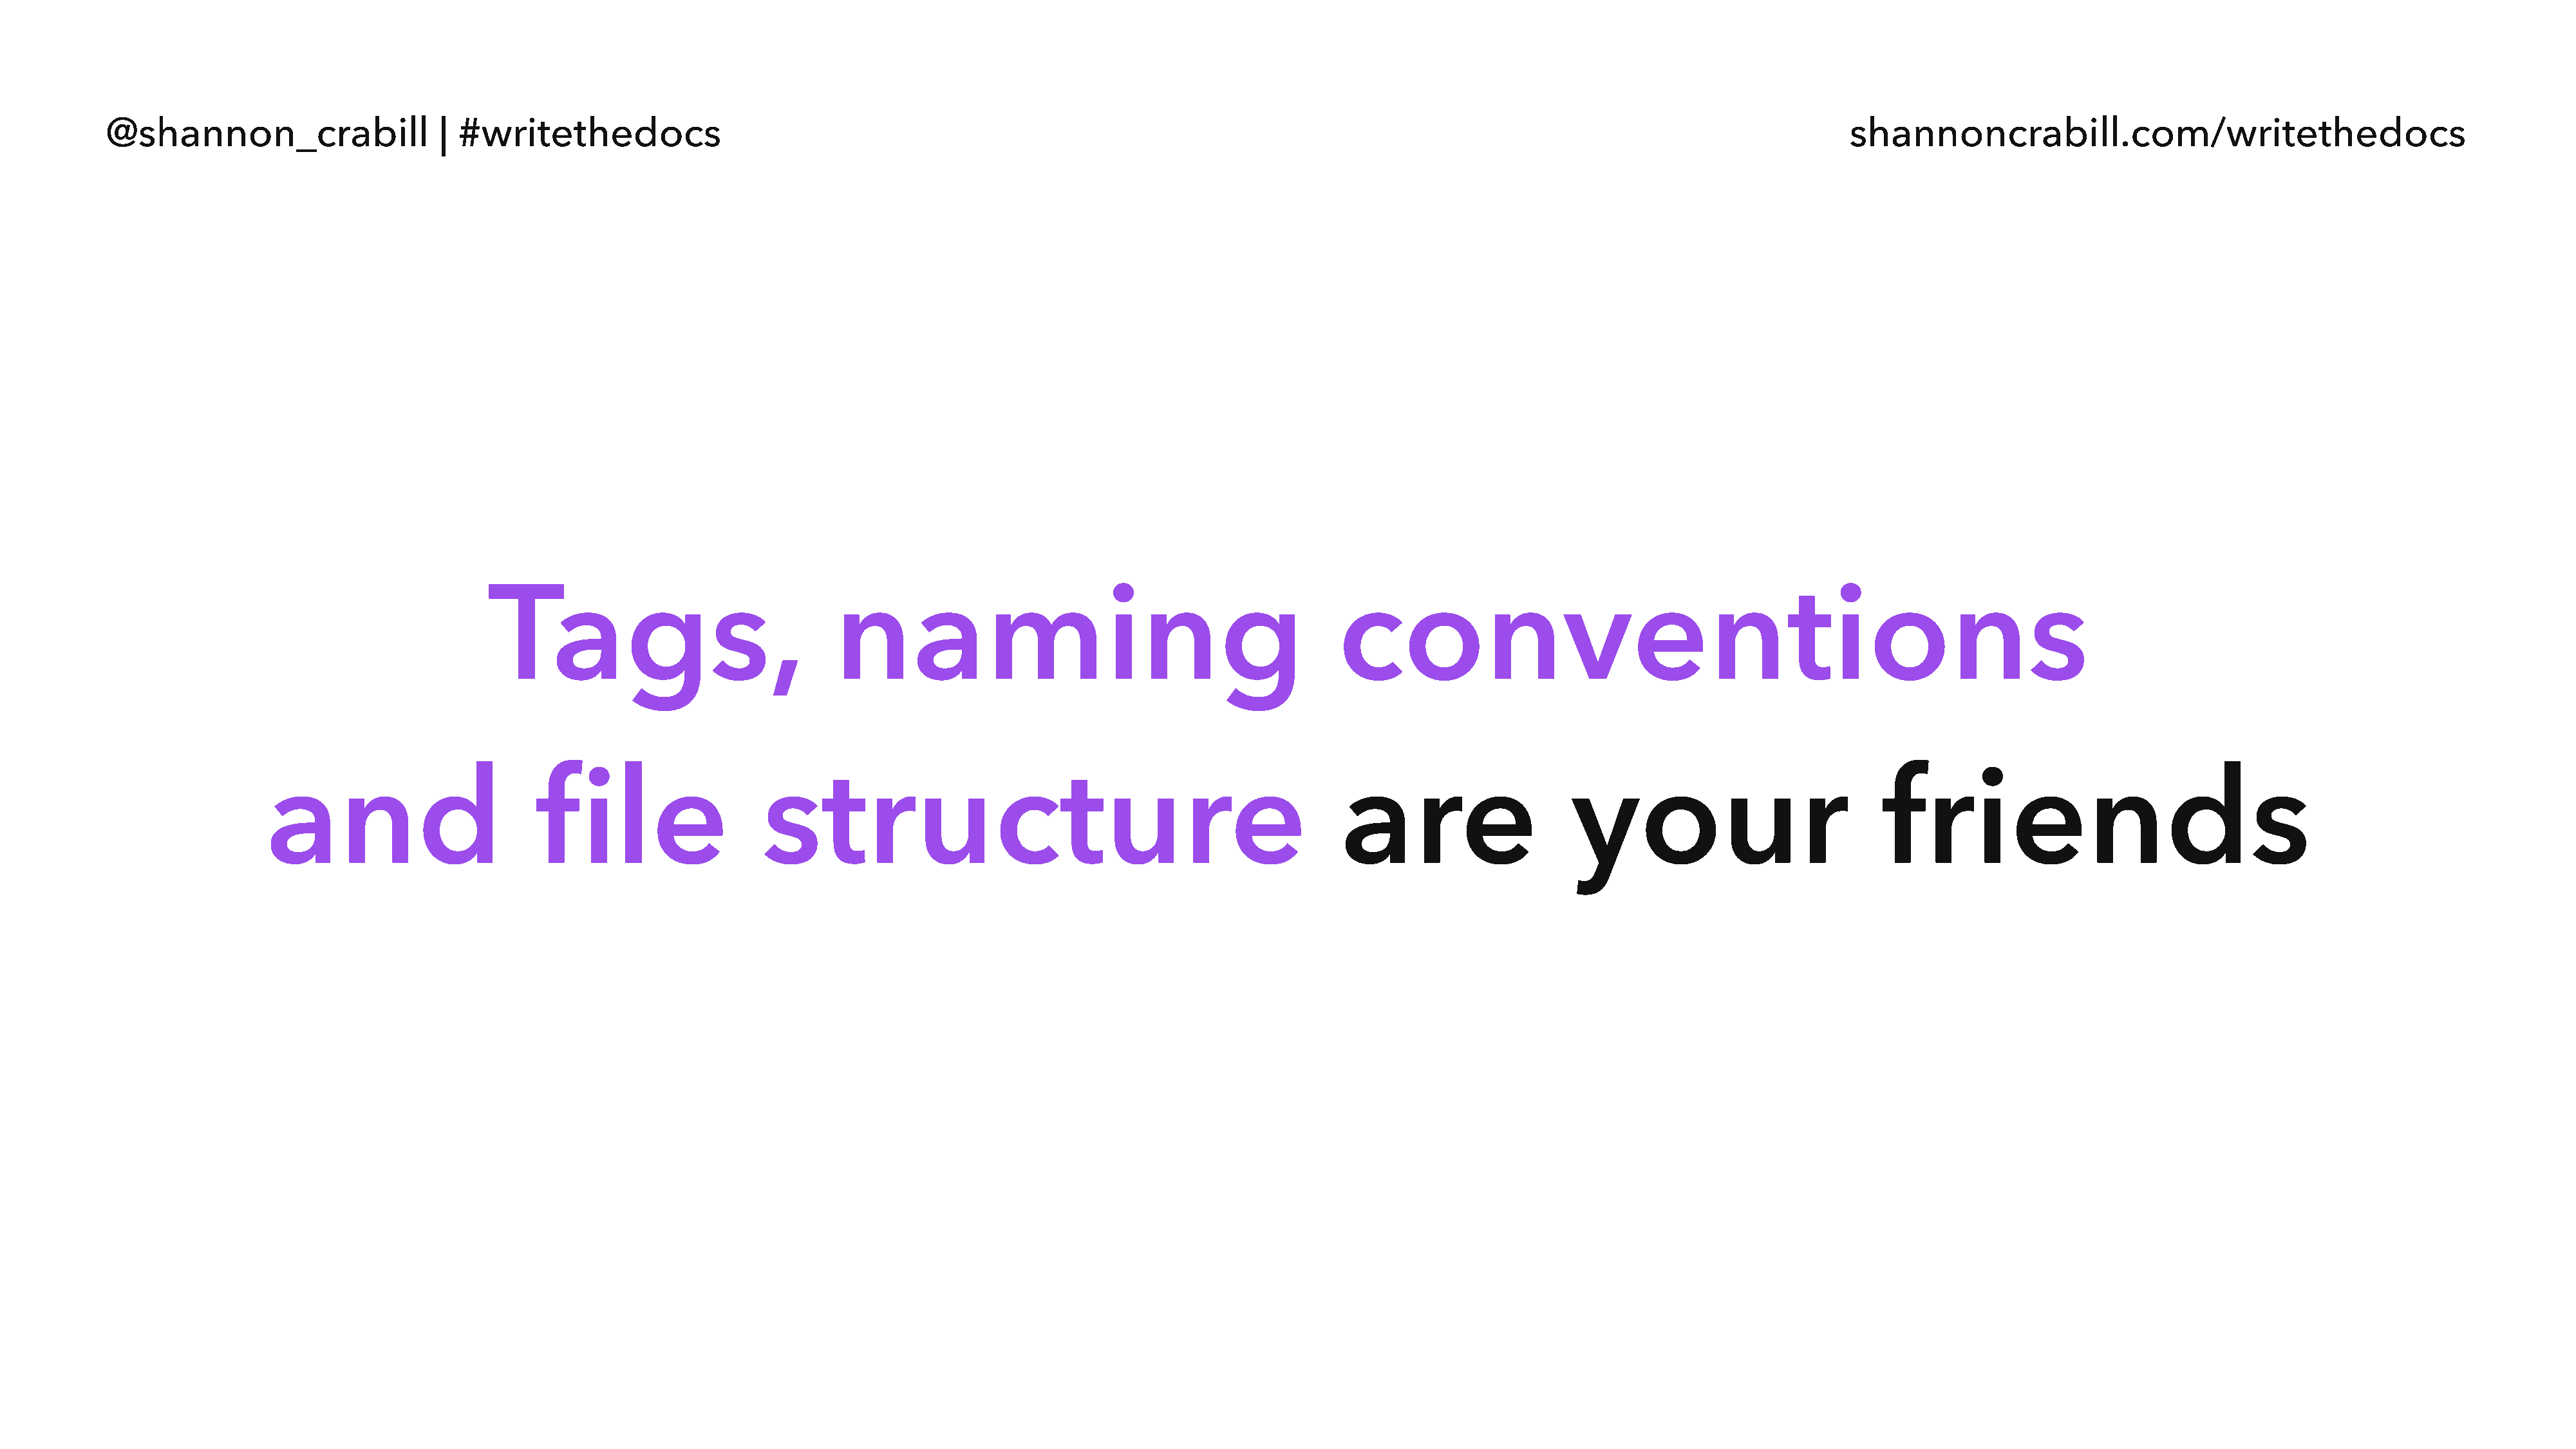
@shannon_crabill                  | #writethedocs                                                                                                                                  shannoncrabill.com/writethedocs
 Tags,                               naming                                              conventions
 and                         file                   structure                                                   are                     your                            friends